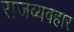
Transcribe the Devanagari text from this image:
राजव्यवहार